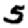
Digit: 5